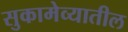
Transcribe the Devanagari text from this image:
सुकामेव्यातील